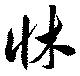
牀